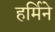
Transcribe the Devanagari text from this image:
हर्मिने